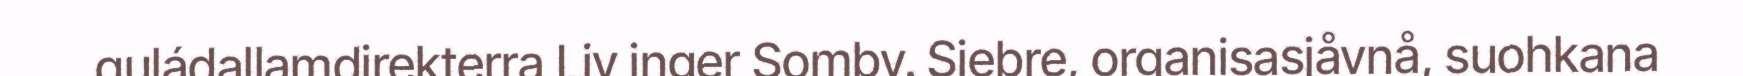
guládallamdirekterra Liv inger Somby. Siebre, organisasjåvnå, suohkana